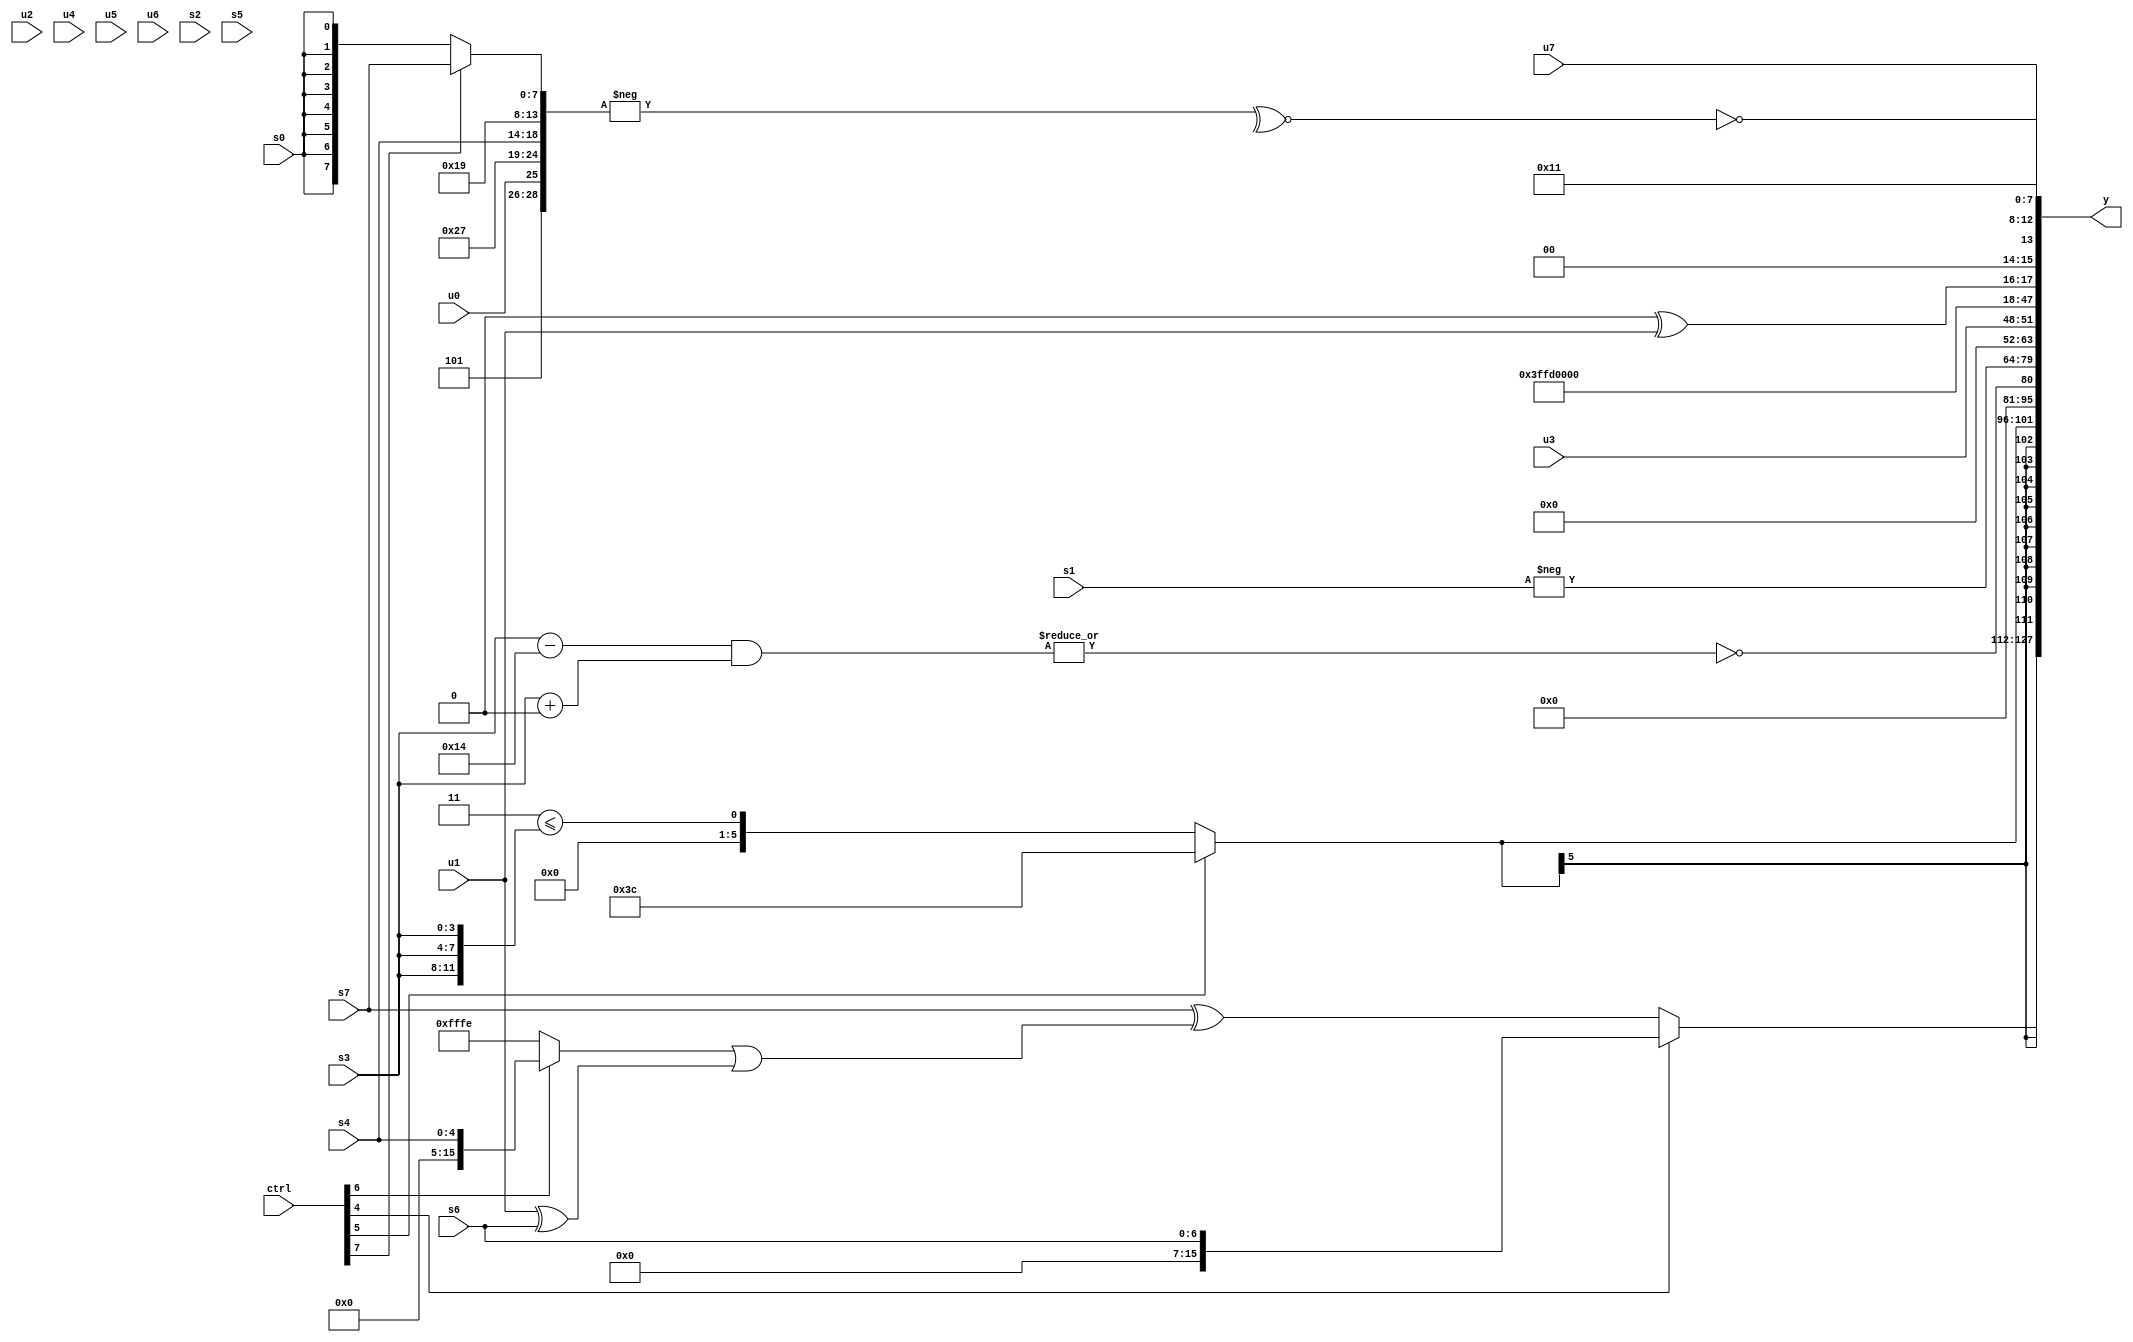
module wideexpr_00808(ctrl, u0, u1, u2, u3, u4, u5, u6, u7, s0, s1, s2, s3, s4, s5, s6, s7, y);
  input [7:0] ctrl;
  input [0:0] u0;
  input [1:0] u1;
  input [2:0] u2;
  input [3:0] u3;
  input [4:0] u4;
  input [5:0] u5;
  input [6:0] u6;
  input [7:0] u7;
  input signed [0:0] s0;
  input signed [1:0] s1;
  input signed [2:0] s2;
  input signed [3:0] s3;
  input signed [4:0] s4;
  input signed [5:0] s5;
  input signed [6:0] s6;
  input signed [7:0] s7;
  output [127:0] y;
  wire [15:0] y0;
  wire [15:0] y1;
  wire [15:0] y2;
  wire [15:0] y3;
  wire [15:0] y4;
  wire [15:0] y5;
  wire [15:0] y6;
  wire [15:0] y7;
  assign y = {y0,y1,y2,y3,y4,y5,y6,y7};
  assign y0 = (ctrl[4]?s6:(s7)^(((ctrl[6]?s4:-(6'sb000010)))|((+(u1))^(s6))));
  assign y1 = $signed((ctrl[5]?-(6'b000100):+($unsigned(($signed(4'sb0011))<=({3{s3}})))));
  assign y2 = ~|(($signed((+(s3))-((5'sb10010)-(3'sb110))))&((s3)+(2'sb00)));
  assign y3 = -(s1);
  assign y4 = u3;
  assign y5 = 5'sb10100;
  assign y6 = (!(6'sb111101))^(u1);
  assign y7 = {+(~&((~^(-({~(3'sb010),{u0,6'sb100111,s4,6'b011001},(ctrl[7]?s7:s0)})))<<(+(3'b000)))),5'sb10001,u7};
endmodule